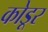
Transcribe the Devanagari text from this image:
कोडूर